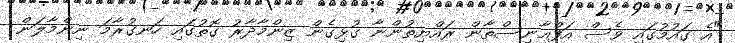
"އެ ގައުމުގައި ވެސް އަފްޣާނިސްތާން ރައްޔިތުންނާ ގުޅިގެން ޒިންމާދާރު ގޮތުގައި ހަނގުރާމަ ނިންމާލަން